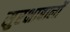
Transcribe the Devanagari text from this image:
सुरक्षाबालों